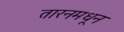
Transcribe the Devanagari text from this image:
तारनमधून